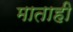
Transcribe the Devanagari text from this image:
माताही